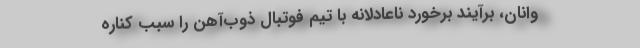
وانان، برآیند برخورد ناعادلانه با تیم فوتبال ذوب‌آهن را سبب کناره